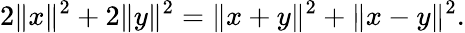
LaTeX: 2\| x\| ^{2}+2\| y\| ^{2}=\| x+y\| ^{2}+\| x-y\| ^{2}.